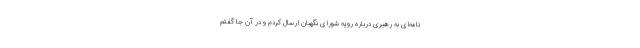
نامه‌ای به رهبری درباره رویه شورای نگهبان ارسال کردم و در آن جا گفتم